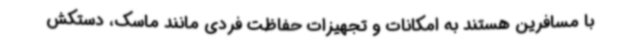
با مسافرین هستند به امکانات و تجهیزات حفاظت فردی مانند ماسک، دستکش